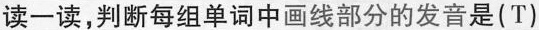
读-读,判断每组单词中画线部分的发音是(T)